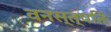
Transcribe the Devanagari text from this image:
वनस्त्पति